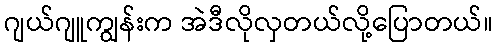
ဂျယ်ဂျူကျွန်းက အဲဒီလိုလှတယ်လို့ပြောတယ်။